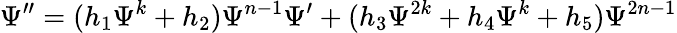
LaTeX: \Psi^{\prime\prime}=(h_{1}\Psi^{k}+h_{2})\Psi^{n-1}\Psi^{\prime}+(h_{3}\Psi^{2k}+h_{4}\Psi^{k}+h_{5})\Psi^{2n-1}